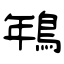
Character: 鵇